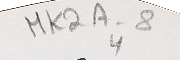
MK2A-8 4